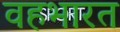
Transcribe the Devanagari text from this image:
वहभारत